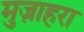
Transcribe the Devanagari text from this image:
मुज़ाहरा